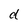
Character: d